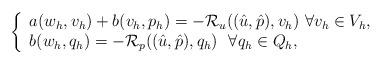
LaTeX: \begin{align*}\left\{\begin{array}{l}a(w_h,v_h)+b(v_h,p_h)=-\mathcal{R}_u((\hat{u},\hat{p}),v_h)~\forall v_h\in V_h,\\ b(w_h,q_h)=- \mathcal{R}_p((\hat{u},\hat{p}),q_h)~~\forall q_h\in Q_h,\end{array}\right.\end{align*}